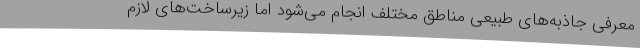
معرفی جاذبه‌های طبیعی مناطق مختلف انجام می‌شود اما زیرساخت‌های لازم